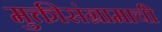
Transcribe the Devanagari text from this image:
मुक्तीसंग्रामाची